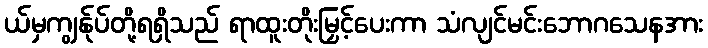
ယ်မှကျွန်ုပ်တို့ရရှိသည် ရာထူးတိုးမြှင့်ပေးကာ သံလျင်မင်းဘောဂသေနအား